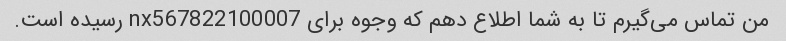
من تماس می‌گیرم تا به شما اطلاع دهم که وجوه برای nx567822100007 رسیده است.